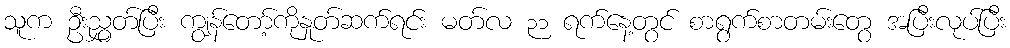
သူက ဦးညွှတ်ပြီး ကျွန်တော့်ကိုနှုတ်ဆက်ရင်း မတ်လ ၃၁ ရက်နေ့တွင် စာရွက်စာတမ်းတွေ အပြီးလုပ်ပြီး